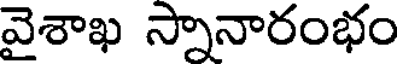
వైశాఖ స్నానారంభం